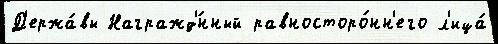
Д'ержа́вы Награжд'́нный равносторо́нн'его л'ица́